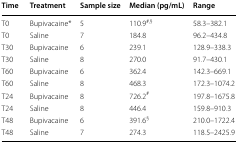
<table><thead><tr><td><b>Time</b></td><td><b>Treatment</b></td><td><b>Sample size</b></td><td><b>Median (pg/mL)</b></td><td><b>Range</b></td></tr></thead><tbody><tr><td>T0</td><td>Bupivacaine*</td><td>5</td><td>110.9<sup>#,§</sup></td><td>58.3–382.1</td></tr><tr><td>T0</td><td>Saline</td><td>7</td><td>184.8</td><td>96.2–434.8</td></tr><tr><td>T30</td><td>Bupivacaine</td><td>6</td><td>239.1</td><td>128.9–338.3</td></tr><tr><td>T30</td><td>Saline</td><td>8</td><td>270.0</td><td>91.7–430.1</td></tr><tr><td>T60</td><td>Bupivacaine</td><td>6</td><td>362.4</td><td>142.3–669.1</td></tr><tr><td>T60</td><td>Saline</td><td>8</td><td>468.3</td><td>172.3–1074.2</td></tr><tr><td>T24</td><td>Bupivacaine</td><td>8</td><td>726.2<sup>#</sup></td><td>197.8–1675.8</td></tr><tr><td>T24</td><td>Saline</td><td>8</td><td>446.4</td><td>159.8–910.3</td></tr><tr><td>T48</td><td>Bupivacaine</td><td>6</td><td>391.6<sup>§</sup></td><td>210.0–1722.4</td></tr><tr><td>T48</td><td>Saline</td><td>7</td><td>274.3</td><td>118.5–2425.9</td></tr></tbody></table>